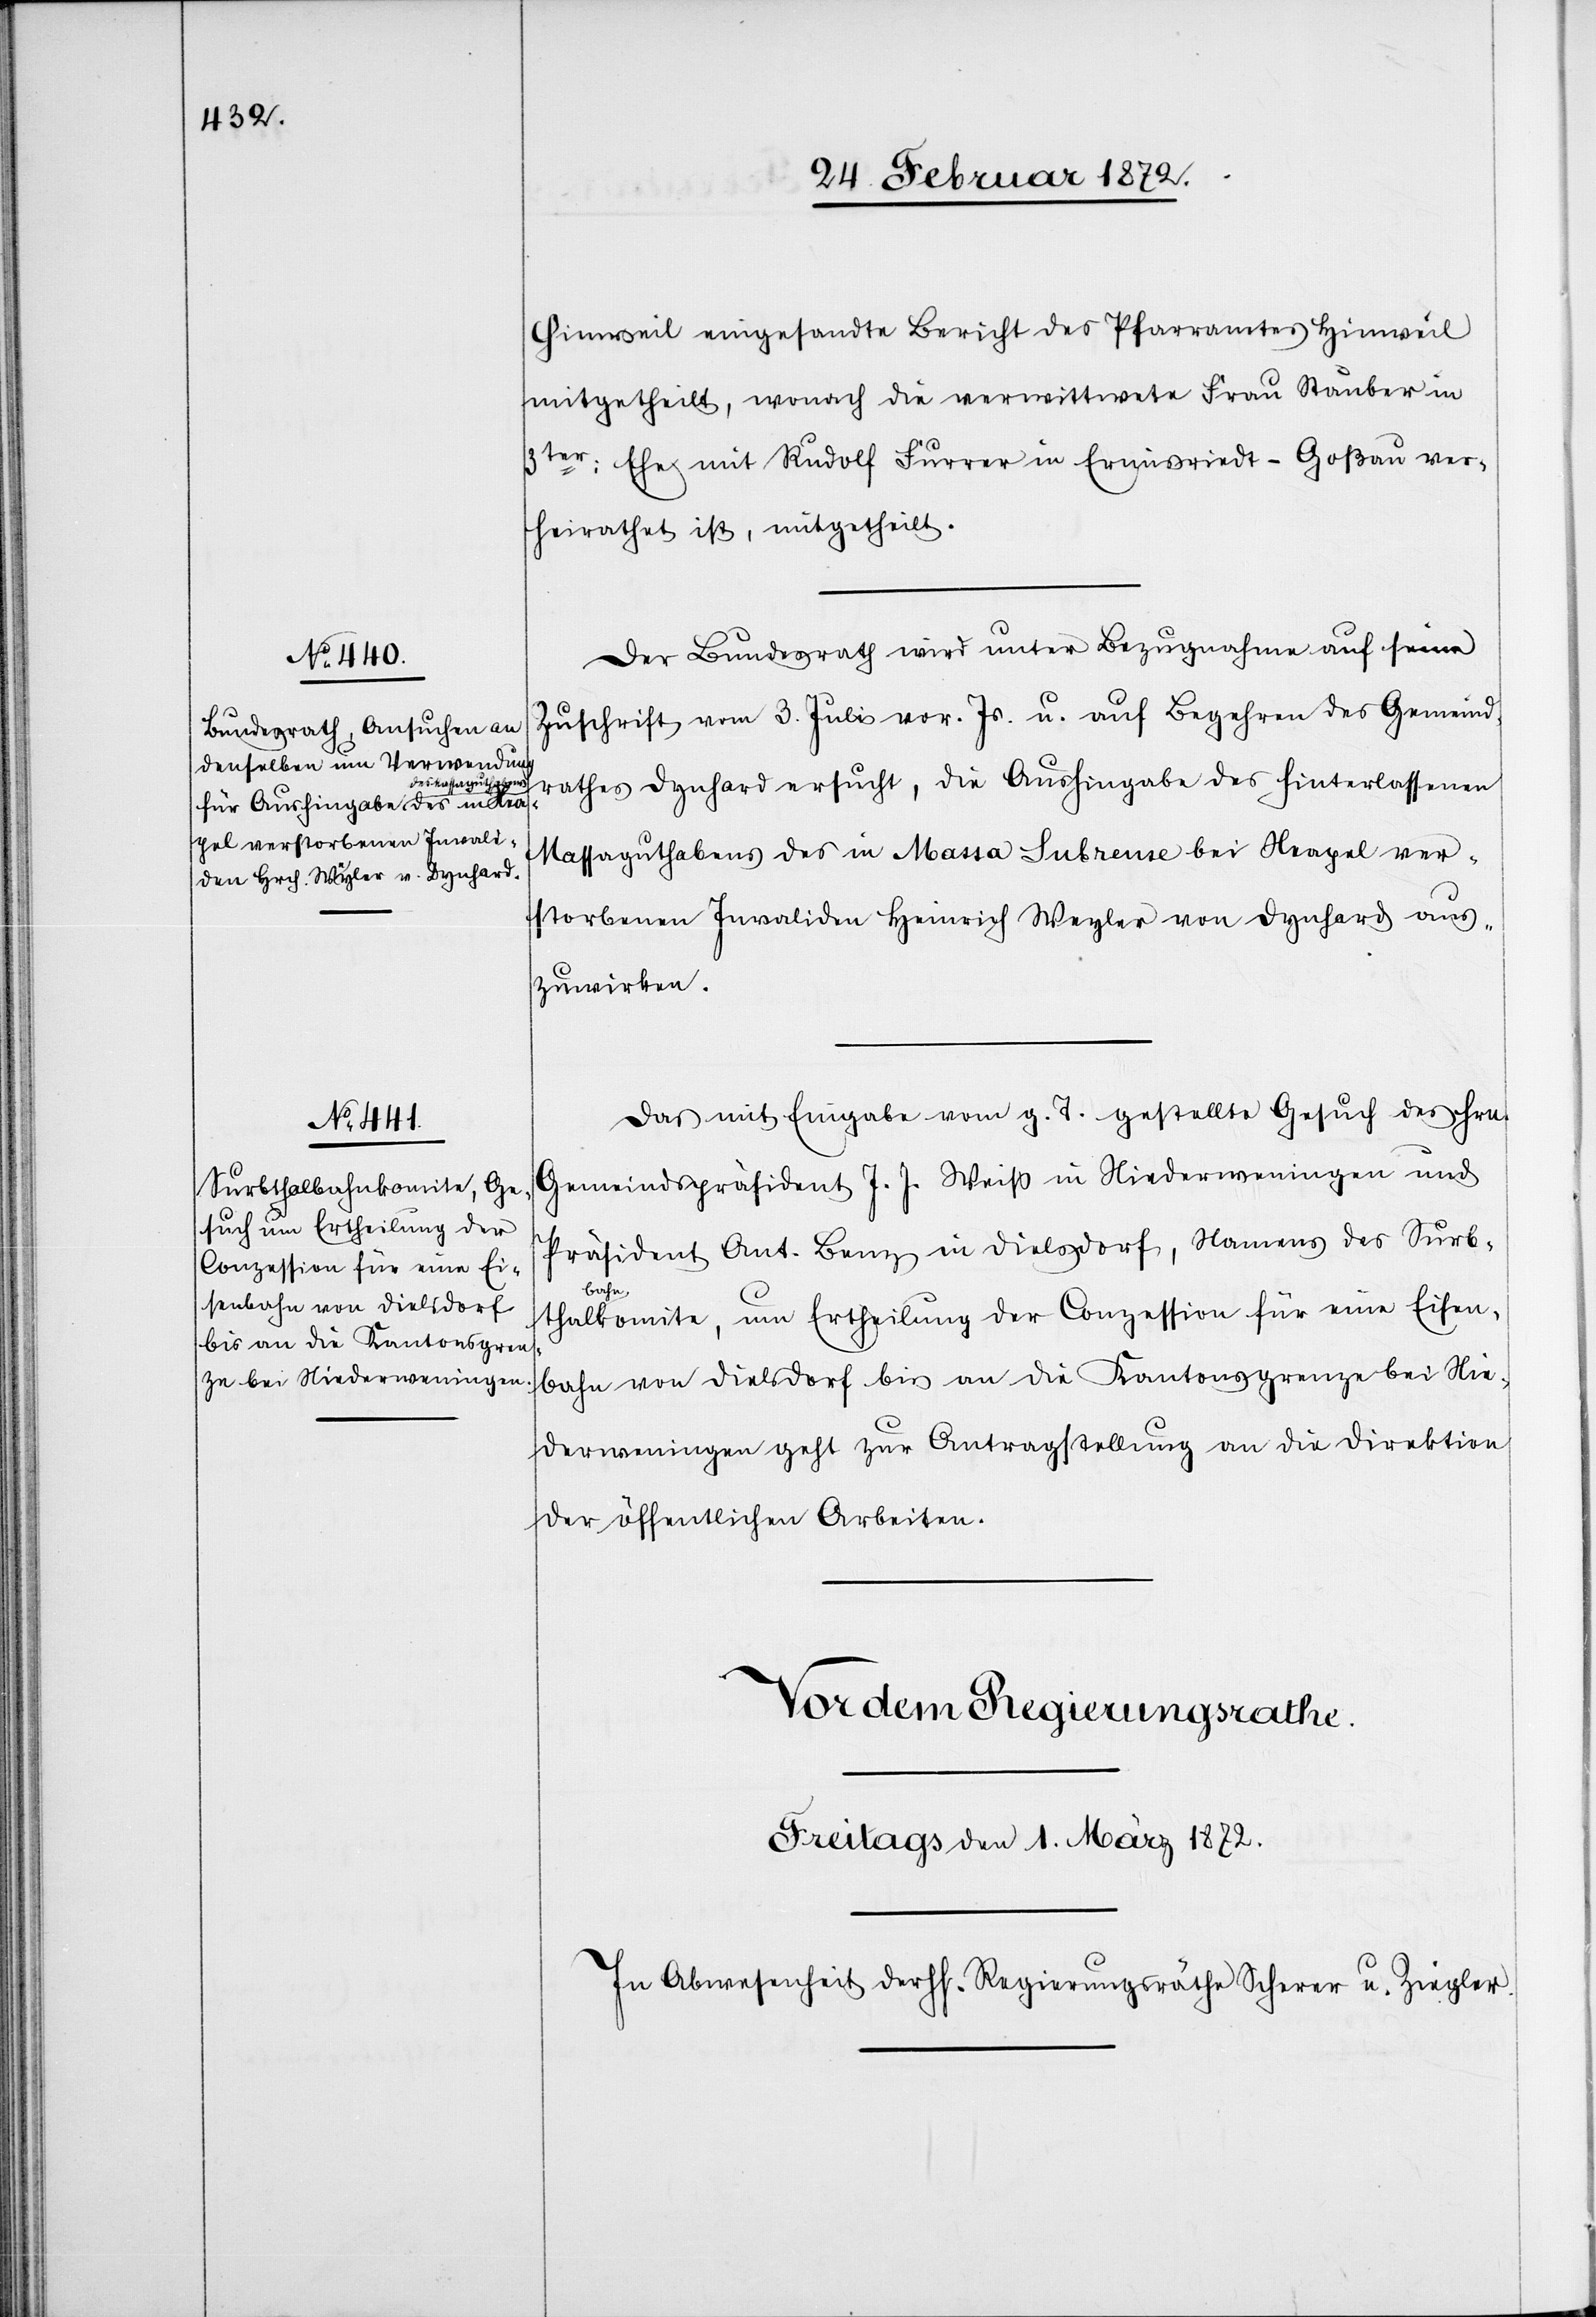
28. Februar 1872.]
Hinweil eingesandte Bericht des Pfarramtes Hinweil
mitgetheilt, wonach die verwittwete Frau Stauber in
3ter Ehe mit Rudolf Furrer in Ermisriedt-Goßau ver¬
heirathet ist, mitgetheilt.
Der Bundesrath wird unter Bezugnahme auf seine
Zuschrift vom 3. Juli vor. Js. auf Begehren des Gemeind¬
rathes Dynhard ersucht, die Aushingabe des hinterlassenen
Massaguthabens des in Massa Lubrense bei Neapel ver¬
storbenen Invaliden Heinrich Weyler von Dynhard aus¬
zuwirken.
Das mit Eingabe vom g. T. gestellte Gesuch des Hrn.
Gemeindspräsident J. J. Weiß in Niederweningen und
Präsident Ant. Benz in Dielsdorf, Namens des Surbt¬
ba¬
hnkomite, um Ertheilung der Conzession für eine Eisen¬
bahn von Dielsdorf bis an die Kantonsgrenze bei Nie¬
derweningen geht zur Antragstellung an die Direktion
der öffentlichen Arbeiten.